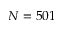
N = 5 0 1